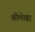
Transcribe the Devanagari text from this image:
श्रीलेखा